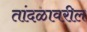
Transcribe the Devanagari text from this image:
तांदळावरील